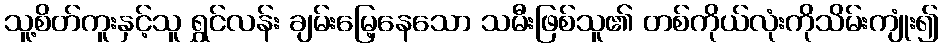
သူ့စိတ်ကူးနှင့်သူ ရွှင်လန်း ချမ်းမြေ့နေသော သမီးဖြစ်သူ၏ တစ်ကိုယ်လုံးကိုသိမ်းကျုံး၍